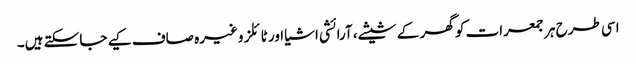
اسی طرح ہر جمعرات کو گھر کے شیشے، آرائشی اشیا اور ٹائلز وغیرہ صاف کیے جاسکتے ہیں۔